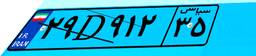
۵۹D۵۳۹۹۸